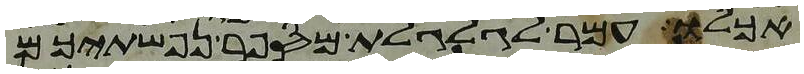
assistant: אכלו עמר לגלגלת מספר נפשתיכם